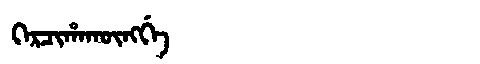
Manchu: ᡴᡝᡵᠴᡳᡥᠠᡴᡡᠩᡤᡝ
Romanization: KERCIHAKŪNGGE